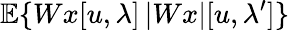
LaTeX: {\mathbb E}\{ Wx[u,\lambda]\, |Wx|[u,\lambda^{\prime}]\}